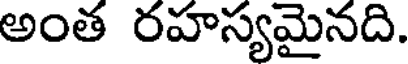
అంత రహస్యమైనది.